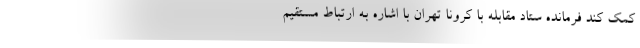
کمک کند فرمانده ستاد مقابله با کرونا تهران با اشاره به ارتباط مستقیم